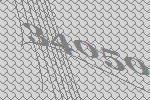
34050